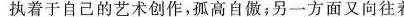
执着于自己的艺术创作，孤高自傲；另一方面又像往着